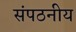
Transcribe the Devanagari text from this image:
संपठनीय